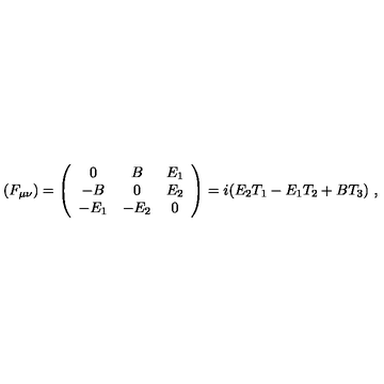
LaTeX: ( F _ { \mu \nu } ) = \left( \begin{array} { c c c } { 0 } & { B } & { E _ { 1 } } \\ { - B } & { 0 } & { E _ { 2 } } \\ { - E _ { 1 } } & { - E _ { 2 } } & { 0 } \\ \end{array} \right) = i ( E _ { 2 } T _ { 1 } - E _ { 1 } T _ { 2 } + B T _ { 3 } ) \ ,